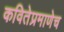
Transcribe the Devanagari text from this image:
कवितेप्रमाणेच